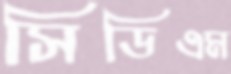
সিডিএম